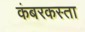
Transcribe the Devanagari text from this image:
कंबरकस्ता